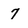
Character: 7